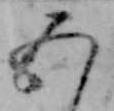
五